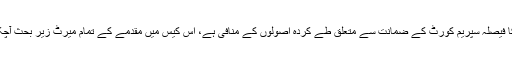
وکیل نے موقف اختیار کیا کہ لاہور ہائی کورٹ کا فیصلہ سپریم کورٹ کے ضمانت سے متعلق طے کردہ اصولوں کے منافی ہے، اس کیس میں مقدمے کے تمام میرٹ زیر بحث آچکے ہیں، ٹرائل کورٹ کے لیے کچھ بھی نہیں بچا۔